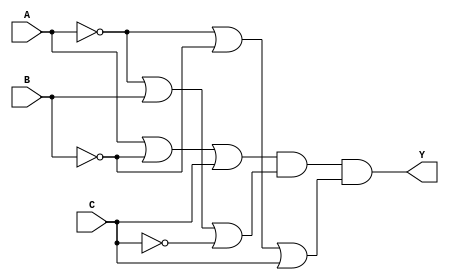
module ProductOfSums(
    input wire A,     // Input variable A
    input wire B,     // Input variable B
    input wire C,     // Input variable C
    output wire Y     // Output signal Y
);

// Intermediate signals for sum terms
wire sum1;  // Represents (A + B' + C)
wire sum2;  // Represents (A' + B + C')
wire sum3;  // Represents (A' + B' + C)

// Implementing sum terms using OR gates
assign sum1 = A | (~B) | C;     // First sum term
assign sum2 = (~A) | B | (~C);   // Second sum term
assign sum3 = (~A) | (~B) | C;   // Third sum term

// Final output Y is the AND of sum terms
assign Y = sum1 & sum2 & sum3;  // Product of sums

endmodule